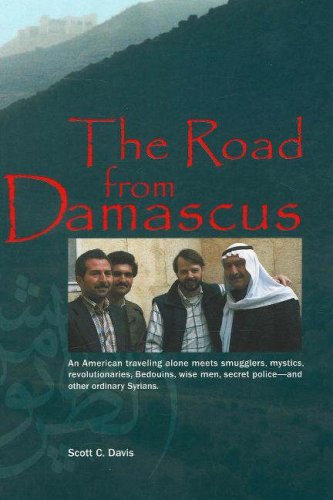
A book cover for The Road from Damascus: A Journey Through Syria (Bridge Between the Cultures Series); Scott C. Davis; Travel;